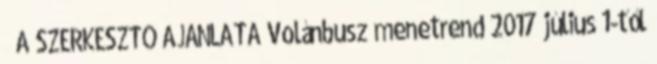
A SZERKESZTŐ AJÁNLATA Volánbusz menetrend 2017 július 1-től